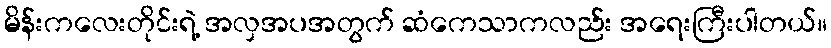
မိန်းကလေးတိုင်းရဲ့ အလှအပအတွက် ဆံကေသာကလည်း အရေးကြီးပါတယ်။